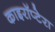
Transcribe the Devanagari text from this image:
काइरॉप्टेरा